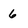
Character: 6